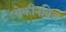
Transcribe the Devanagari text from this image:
ब्रेकीनब्रिज